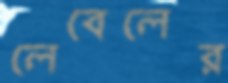
লেবেলের